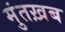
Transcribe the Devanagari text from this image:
मुंतख़ब